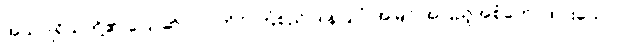
အသပ္ပုရိသတို့၏ ပြောဆို လုပ်ကိုင် ကြံစည် ဒါနပြုပုံ အမြင် အပြည့်အစုံဟောထားသော